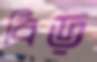
বিড়